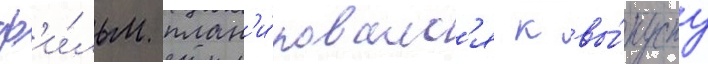
ф'и́льм план'и́ровалс'я к вы́пуску